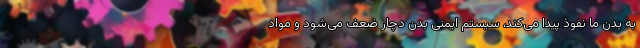
به بدن ما نفوذ پیدا می‌کند، سیستم ایمنی بدن دچار ضعف می‌شود و مواد